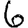
Digit: 6